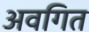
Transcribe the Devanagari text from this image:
अवगित